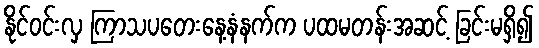
နိုင်ဝင်းလှ ကြာသပတေးနေ့နံနက်က ပထမတန်းအဆင့် ခြင်းမရှိ၍